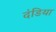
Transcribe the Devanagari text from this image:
दंडिया